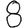
Digit: 8